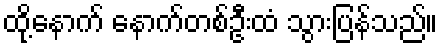
ထို့နောက် နောက်တစ်ဦးထံ သွားပြန်သည်။